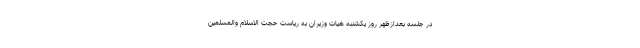
در جلسه بعدازظهر روز یکشنبه هیات وزیران به ریاست حجت الاسلام والمسلمین